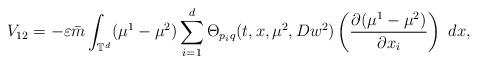
LaTeX: \begin{align*}V_{12}=-\varepsilon\bar{m}\int_{\mathbb{T}^{d}}(\mu^{1}-\mu^{2})\sum_{i=1}^{d}\Theta_{p_{i}q}(t,x,\mu^{2},Dw^{2})\left(\frac{\partial(\mu^{1}-\mu^{2})}{\partial x_{i}}\right)\ dx,\end{align*}